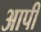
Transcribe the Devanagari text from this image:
आपी